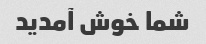
شما خوش آمدید